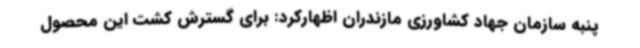
پنبه سازمان جهاد کشاورزی مازندران اظهارکرد: برای گسترش کشت این محصول